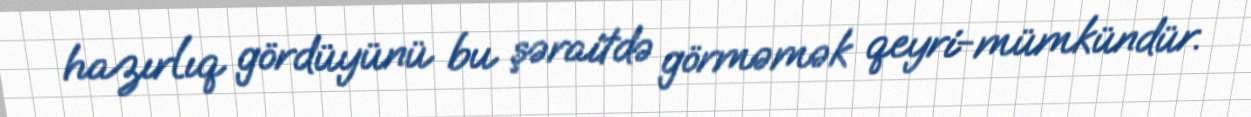
hazırlıq gördüyünü bu şəraitdə görməmək qeyri-mümkündür.